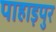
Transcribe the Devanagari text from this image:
पाहाड़पुर